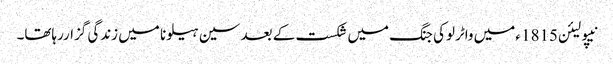
نیپولیئن1815 ءمیں واٹرلوکی جنگ میں شکست کے بعد سین ہیلونا میں زندگی گزاررہاتھا۔